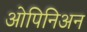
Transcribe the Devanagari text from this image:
ओपिनिअन